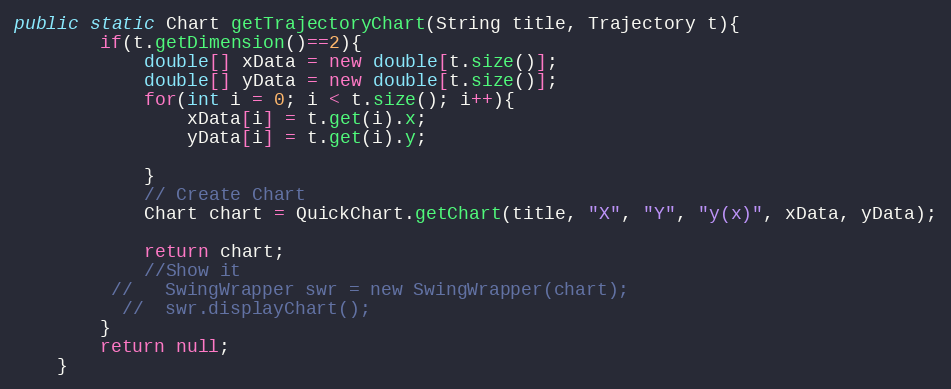
Language: Java
public static Chart getTrajectoryChart(String title, Trajectory t){
		if(t.getDimension()==2){
		 	double[] xData = new double[t.size()];
		    double[] yData = new double[t.size()];
		    for(int i = 0; i < t.size(); i++){
		    	xData[i] = t.get(i).x;
		    	yData[i] = t.get(i).y;

		    }
		    // Create Chart
		    Chart chart = QuickChart.getChart(title, "X", "Y", "y(x)", xData, yData);

		    return chart;
		    //Show it
		 //   SwingWrapper swr = new SwingWrapper(chart);
		  //  swr.displayChart();
		}
		return null;
	}